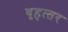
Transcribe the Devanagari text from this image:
वृहत्‍तर